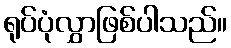
ရုပ်ပုံလွှာဖြစ်ပါသည်။